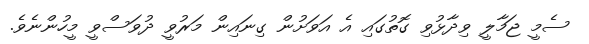
ސެމީ ޖަމާލީ ވިދާޅުވި ގޮތުގައި އެ އަވަށުން ގިނައިން މަރުވީ ދުވަސްވީ މީހުންނެވެ.